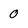
Character: 0